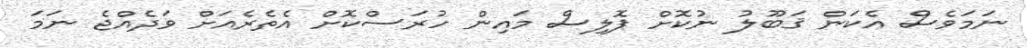
ނަމަވެސް އެކަން ޤަބޫލު ނުކޮށް ޕޮލިސް މައިން ހުރަސްކޮށް އެތެރެއަށް ވަދެއްޖެ ނަމަ